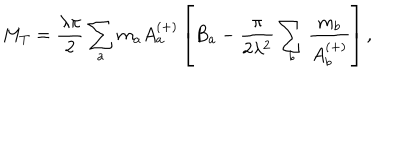
LaTeX: M _ { T } = \frac { \lambda \pi } { 2 } \sum _ { a } m _ { a } A _ { a } ^ { ( + ) } \left[ B _ { a } - \frac { \pi } { 2 \lambda ^ { 2 } } \sum _ { b } \frac { m _ { b } } { A _ { b } ^ { ( + ) } } \right] ,